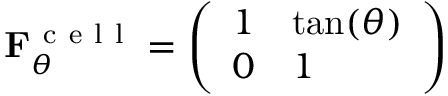
\begin{array} { r } { \mathbf { F } _ { \theta } ^ { \mathrm { ~ c ~ e ~ l ~ l ~ } } = \left( \begin{array} { l l } { 1 } & { \tan ( \theta ) } \\ { 0 } & { 1 } \end{array} \right) } \end{array}